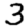
Digit: 3